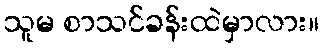
သူမ စာသင်ခန်းထဲမှာလား။